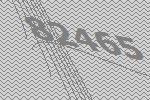
82465